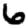
Digit: 6